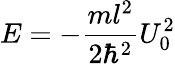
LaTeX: E=-\frac{ml^{2}}{2\hbar^{2}}U_{0}^{2}